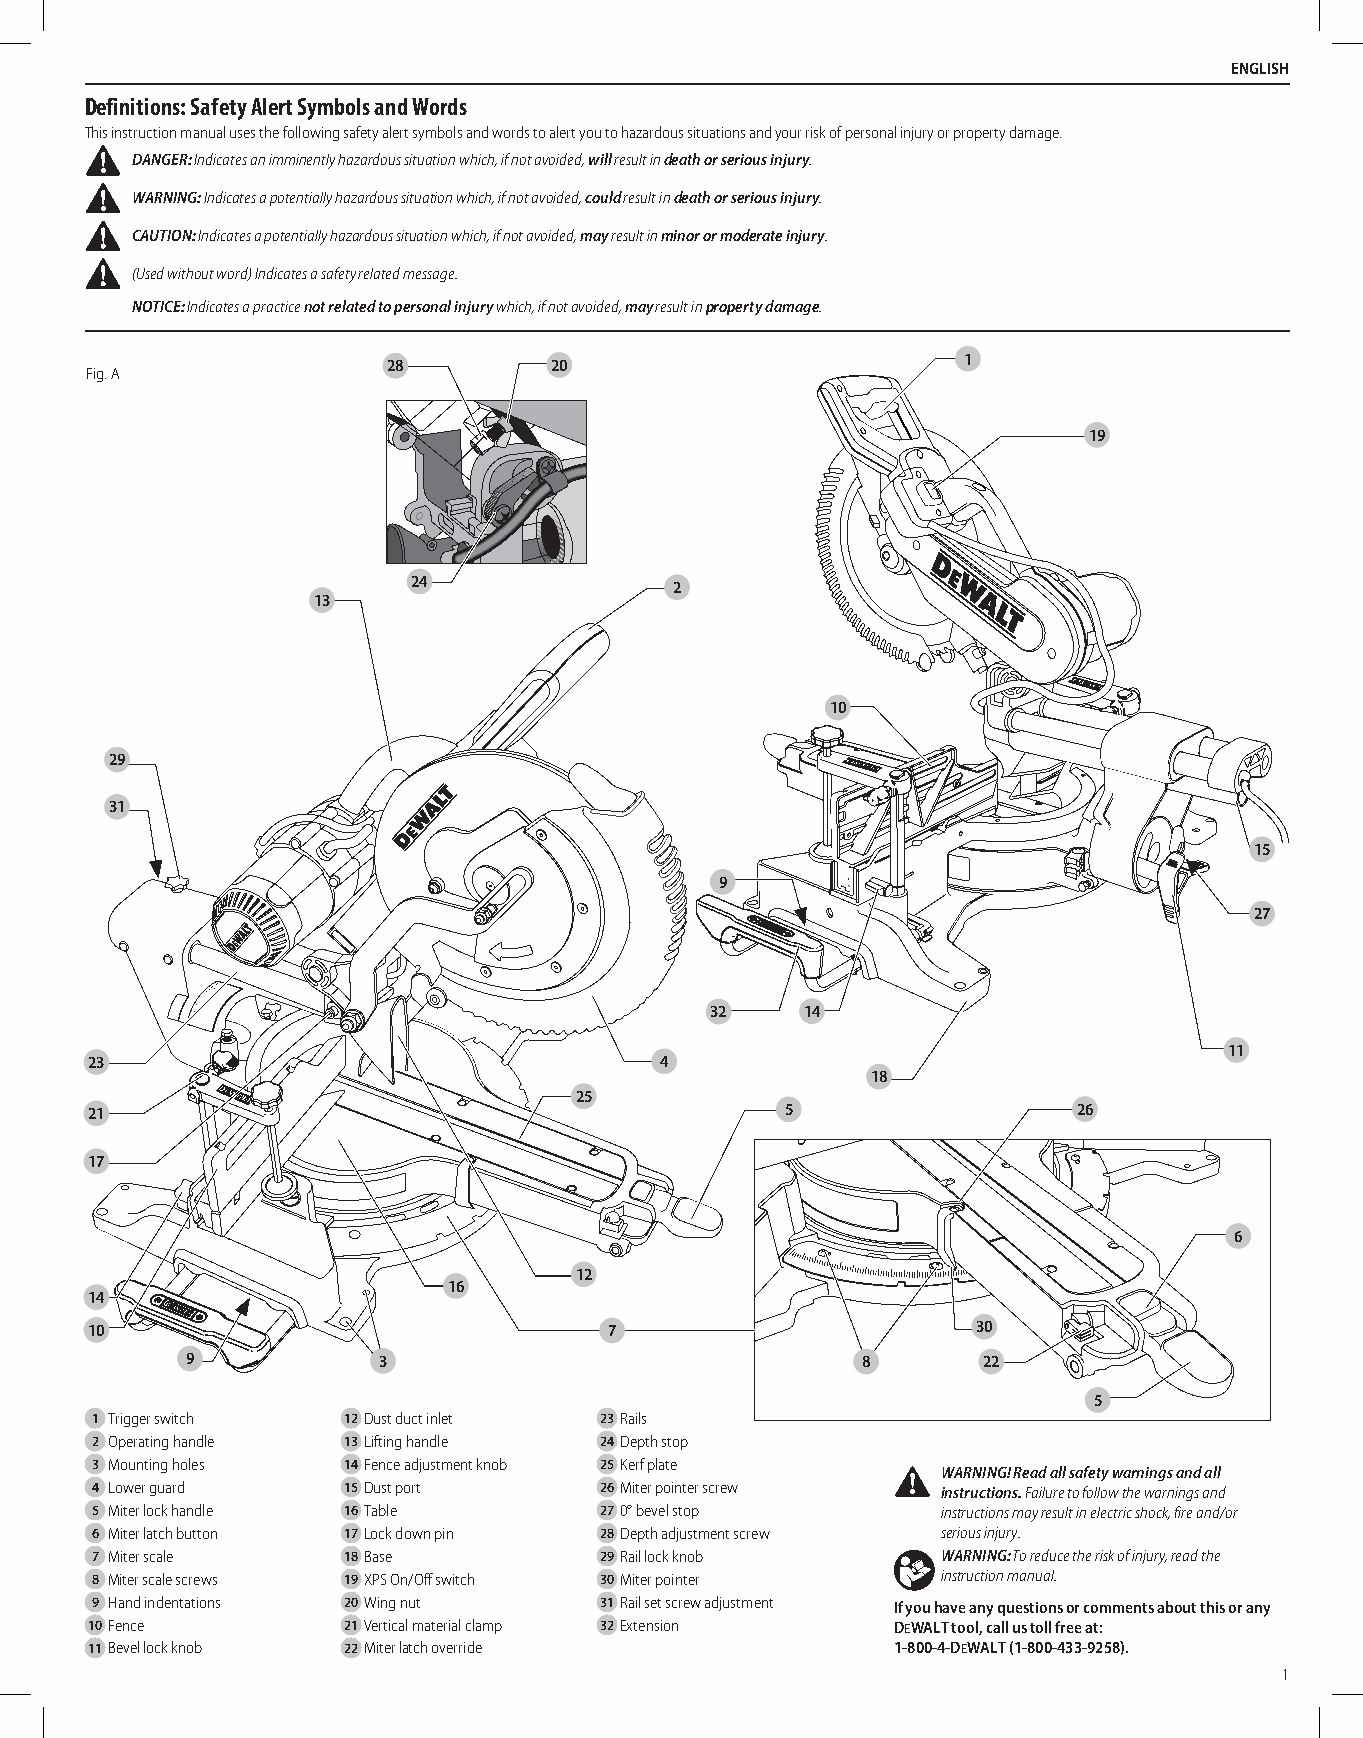
English (original instructions)
 English
 Definitions: Safety Alert Symbols and Words
 This instruction manual uses the following safety alert symbols and words to alert you to hazardous situations and your risk of personal injury or property damage.
 DANGER: Indicates an imminently hazardous situation which, if not avoided, will result in death or serious injury.

 WARNING: Indicates a potentially hazardous situation which, if not avoided, could result in death or serious injury.

 CAUTION: Indicates a potentially hazardous situation which, if not avoided, may result in minor or moderate injury.

 (Used without word) Indicates a safety related message.
 NOTICE: Indicates a practice not related to personal injury which, if not avoided, may result in property damage.
 28        20                          1
 Fig. A
 19
 24                2
 13
 10
 29
 31
 15
 9
 27
 32    14
 11
 23                                    4
 18
 25
 21                                            5                  26
 17
 6
 12
 16
 14
 10                                7                        30
 9            3                               8       22
 5
 1 Trigger switch 12 Dust duct inlet 23 Rails
 2 Operating handle 13 Lifting handle 24 Depth stop

 3 Mounting holes 14 Fence adjustment knob 25 Kerf plate
 WARNING! Read all safety warnings and all
 4 Lower guard    15 Dust port     26 Miter pointer screw instructions. Failure to follow the warnings and
 5 Miter lock handle 16 Table      27 0° bevel stop      instructions may result in electric shock, fire and/or
 6 Miter latch button 17 Lock down pin 28 Depth adjustment screw serious injury.
 7 Miter scale    18 Base          29 Rail lock knob     WARNING: To reduce the risk of injury, read the
 8 Miter scale screws 19 XPS On/Off switch 30 Miter pointer instruction manual.
 9 Hand indentations 20 Wing nut   31 Rail set screw adjustment if you have any questions or comments about this or any
 10 Fence         21 Vertical material clamp 32 Extension DeWALT tool, call us toll free at:
 11 Bevel lock knob 22 Miter latch override           1-800-4-DeWALT (1-800-433-9258).
 1